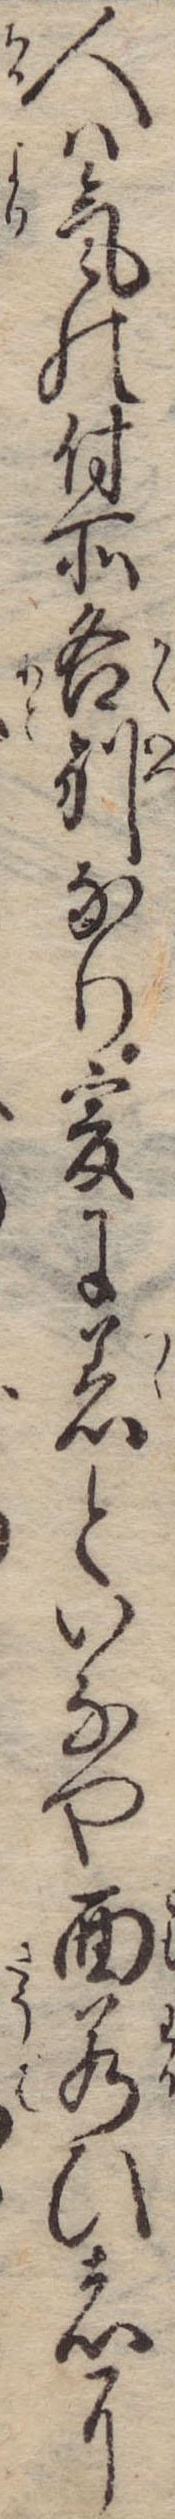
人は気の付所各別なり爰に着といなや面若ひ者に